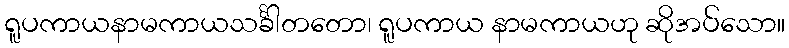
ရူပကာယနာမကာယသင်္ခါတတော၊ ရူပကာယ နာမကာယဟု ဆိုအပ်သော။